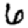
Digit: 6